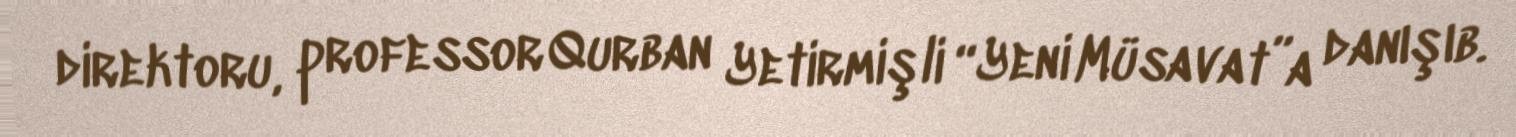
direktoru, professor Qurban Yetirmişli “Yeni Müsavat”a danışıb.